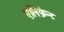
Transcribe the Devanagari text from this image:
एलिफ़ेन्ट